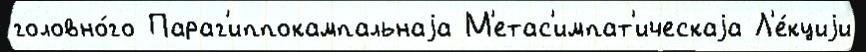
головно́го Параг'иппокампальнаjа М'етас'импат'ическаjа Л'е́кциjи